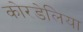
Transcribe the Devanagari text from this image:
कोरडेलिया